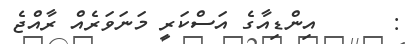
:      އިންޑިއާގެ އަސްކަރީ މަނަވަރެއް ރާއްޖެ